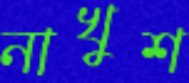
নাখুশ